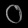
Digit: ၀